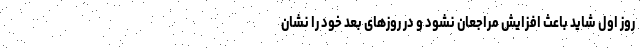
روز اول شاید باعث افزایش مراجعان نشود و در روزهای بعد خود را نشان